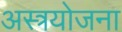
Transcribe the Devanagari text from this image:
अस्त्रयोजना